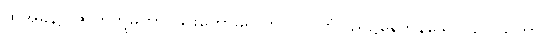
ထိုအခါ၌။ ဇာတိဘူမိကာ၊ ဖွားတော်မူရာကပိလဝတ်ပြည်၌နေကုန်သော။ ဥပါသိကာ၊